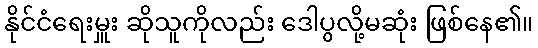
နိုင်ငံရေးမှူး ဆိုသူကိုလည်း ဒေါပွလို့မဆုံး ဖြစ်နေ၏။